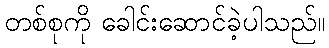
တစ်စုကို ခေါင်းဆောင်ခဲ့ပါသည်။